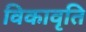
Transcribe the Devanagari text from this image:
विकावृति